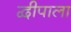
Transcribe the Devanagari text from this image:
द्वीपाला